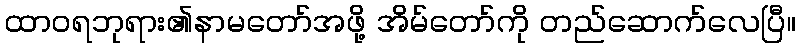
ထာဝရဘုရား၏နာမတော်အဖို့ အိမ်တော်ကို တည်ဆောက်လေပြီ။